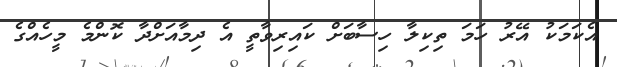
އެކަމަކު އޭރު ހަމަ ތިކިލާ ހިސާބަށް ކައިރިވާތީ އެ ދިމާއަށްދާ ކޮންމެ މީހެއްގެ